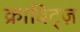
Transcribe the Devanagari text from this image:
क्राविट्ज़